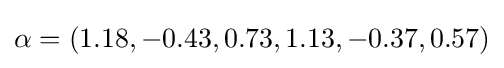
\alpha =(1.18,-0.43,0.73,1.13,-0.37,0.57)